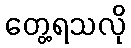
တွေ့ရသလို